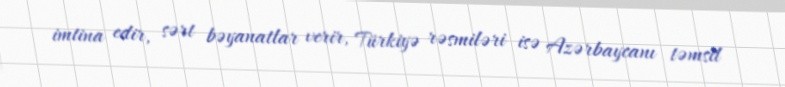
imtina edir, sərt bəyanatlar verir, Türkiyə rəsmiləri isə Azərbaycanı təmsil